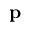
\mathbf { p }